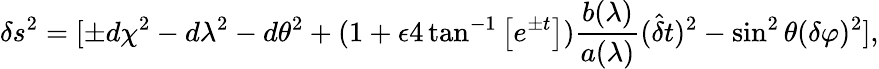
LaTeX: \delta s^{2}=[\pm d\chi^{2}-d\lambda^{2}-d\theta^{2}+(1+\epsilon 4\tan^{-1}\left[e^{\pm t}\right])\frac{b(\lambda)}{a(\lambda)}(\hat{{\delta}}t)^{2}-\sin^{2}\theta(\delta\varphi)^{2}],